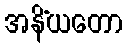
အနိံယတော